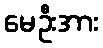
မေဦးအား